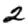
Digit: 2